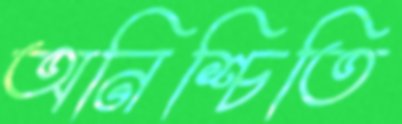
অনিশ্চিতি